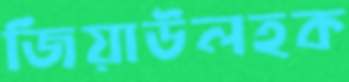
জিয়াউলহক